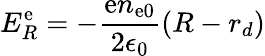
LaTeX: E_{R}^{\mathrm{e}}=-\frac{{\mathrm{e}n_{\mathrm{e}0}}}{{2\epsilon_{0}}}(R-r_{d})